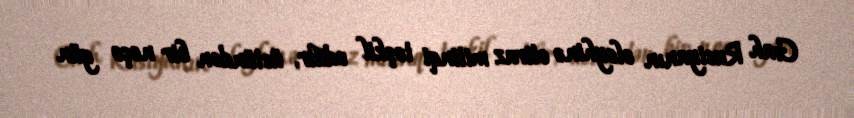
Gah Rusiyanın əleyhinə etiraz mitinqi təşkil edilir, üstündən bir neçə gün